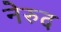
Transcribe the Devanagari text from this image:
नेरुद